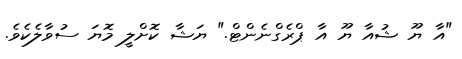
"އާ ޔޫ ޝުއާ ޔޫ އާ ޕްރެގްނެންޓް." ޔަޝާ ކޮށްލީ މޮޔަ ސުވާލެކެވެ.